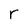
Character: r